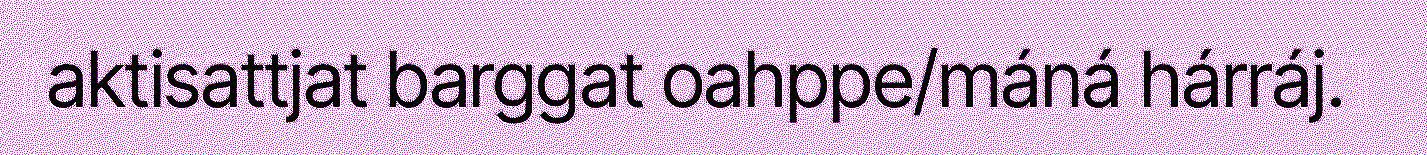
aktisattjat barggat oahppe/máná hárráj.